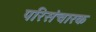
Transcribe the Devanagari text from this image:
परिसंचारक